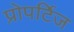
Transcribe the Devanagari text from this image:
प्रोपर्टिज